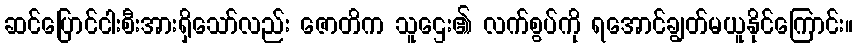
ဆင်ပြောင်ငါးစီးအားရှိသော်လည်း ဇောတိက သူဌေး၏ လက်စွပ်ကို ရအောင်ချွတ်မယူနိုင်ကြောင်း။